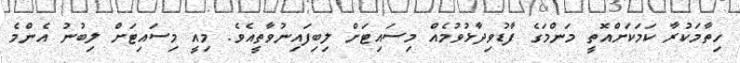
ހިތާމަކުރާ ކަމަކަށްއޮތީ މަންމަގެ ފާޑުވިދާޅުވުމެއް މިސައިޓަށް ލިބިފައިނުވާތީއެވެ. މިއީ މިސައިޓަށް ލިބުނު އެންމެ